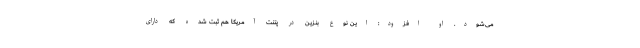
می‌شود. او افزود: این نوع بنزین در پتنت آمریکا هم ثبت شده که دارای